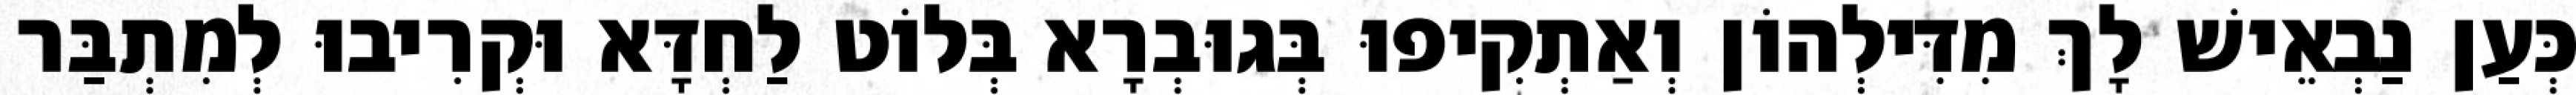
כְּעַן נַבְאֵישׁ לָךְ מִדִּילְהוֹן וְאַתְקִיפוּ בְּגוּבְרָא בְּלוֹט לַחְדָּא וּקְרִיבוּ לְמִתְבַּר